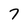
Character: 7